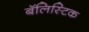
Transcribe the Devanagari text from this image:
बॅलिस्टिक